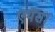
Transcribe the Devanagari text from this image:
एथेंस।